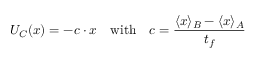
U _ { C } ( { \boldsymbol { x } } ) = - { \boldsymbol { c } } \cdot { \boldsymbol { x } } \quad \mathrm { w i t h } \quad { \boldsymbol { c } } = \frac { \langle { \boldsymbol { x } } \rangle _ { B } - \langle { \boldsymbol { x } } \rangle _ { A } } { t _ { f } }